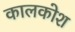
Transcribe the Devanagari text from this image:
कालकोश